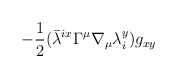
\begin{align*}-\frac{1}{2}({\bar{\lambda}}^{ix} \Gamma^{\mu} \nabla_{\mu}\lambda_{i}^{y}) g_{xy}\end{align*}